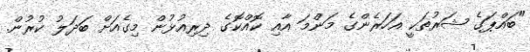
"ބައްޕަގެ ޝަރުތަކީ އަހަރެންގެ މަންމަ އާއި ކޮއްކޮގެ ދިރިއުޅުން މިގެއަށް ބަދަލު ކުރުން.